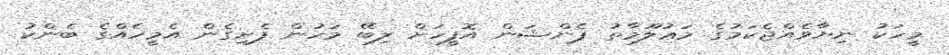
މީހަކު ނިޔާވެއްޖެކަމުގެ މަޢުލޫމާތު ޕެންޝަން އޮފީހަށް ލިބޭ މަހުން ފެށިގެން އެމީހެއްގެ ބެންކު